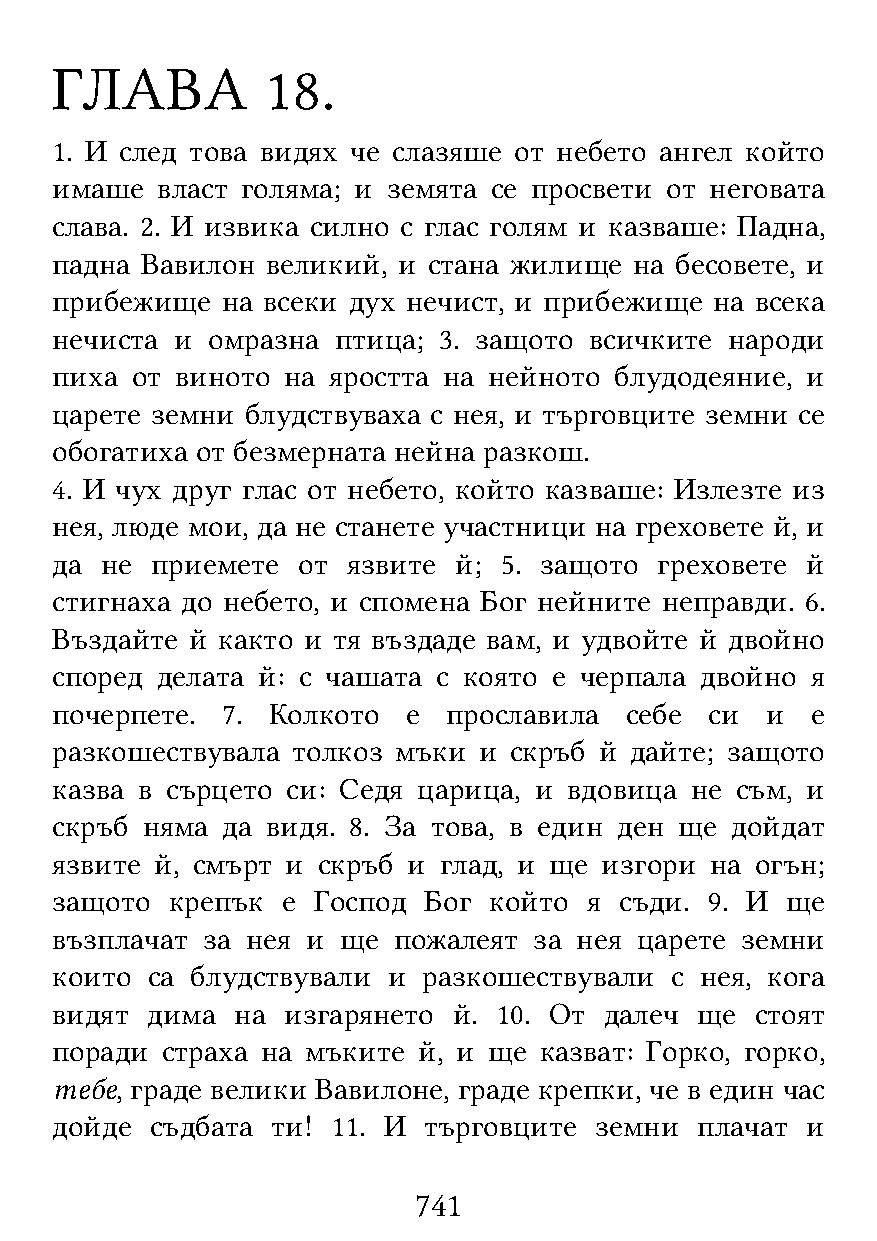
ГЛАВА          18.
 1. И след това видях че слазяше от небето ангел който
 имаше  власт голяма; и земята се просвети от неговата
 слава. 2. И извика силно с глас голям и казваше: Падна,
 падна Вавилон  великий, и стана жилище на бесовете, и
 прибежище   на всеки дух нечист, и прибежище на всека
 нечиста  и омразна птица; 3. защото всичките народи
 пиха  от виното на яростта на нейното блудодеяние, и
 царете земни блудствуваха с нея, и търговците земни се
 обогатиха от безмерната нейна разкош.
 4. И чух друг глас от небето, който казваше: Излезте из
 нея, люде мои, да не станете участници на греховете й, и
 да  не приемете  от язвите й; 5. защото  греховете й
 стигнаха до небето, и спомена Бог нейните неправди. 6.
 Въздайте  й както и тя въздаде вам, и удвойте й двойно
 според делата й: с чашата с която е черпала двойно я
 почерпете.  7. Колкото  е  прославила себе  си  и  е
 разкошествувала толкоз мъки  и скръб й дайте; защото
 казва в сърцето си: Седя царица, и вдовица не съм, и
 скръб няма  да видя. 8. За това, в един ден ще дойдат
 язвите й, смърт и скръб и глад, и ще изгори на огън;
 защото  крепък  е Господ Бог който  я съди. 9. И ще
 възплачат за нея и ще  пожалеят за нея царете земни
 които  са блудствували и разкошествували с нея, кога
 видят  дима  на изгарянето й. 10. От далеч ще  стоят
 поради  страха на мъките й, и ще казват: Горко, горко,
 тебе, граде велики Вавилоне, граде крепки, че в един час
 дойде  съдбата ти! 11. И търговците земни  плачат и
 741